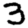
Digit: 3